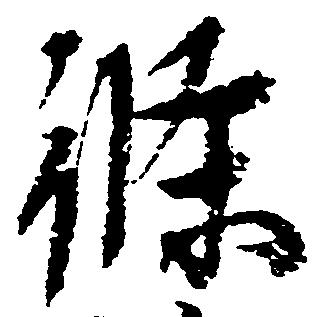
条